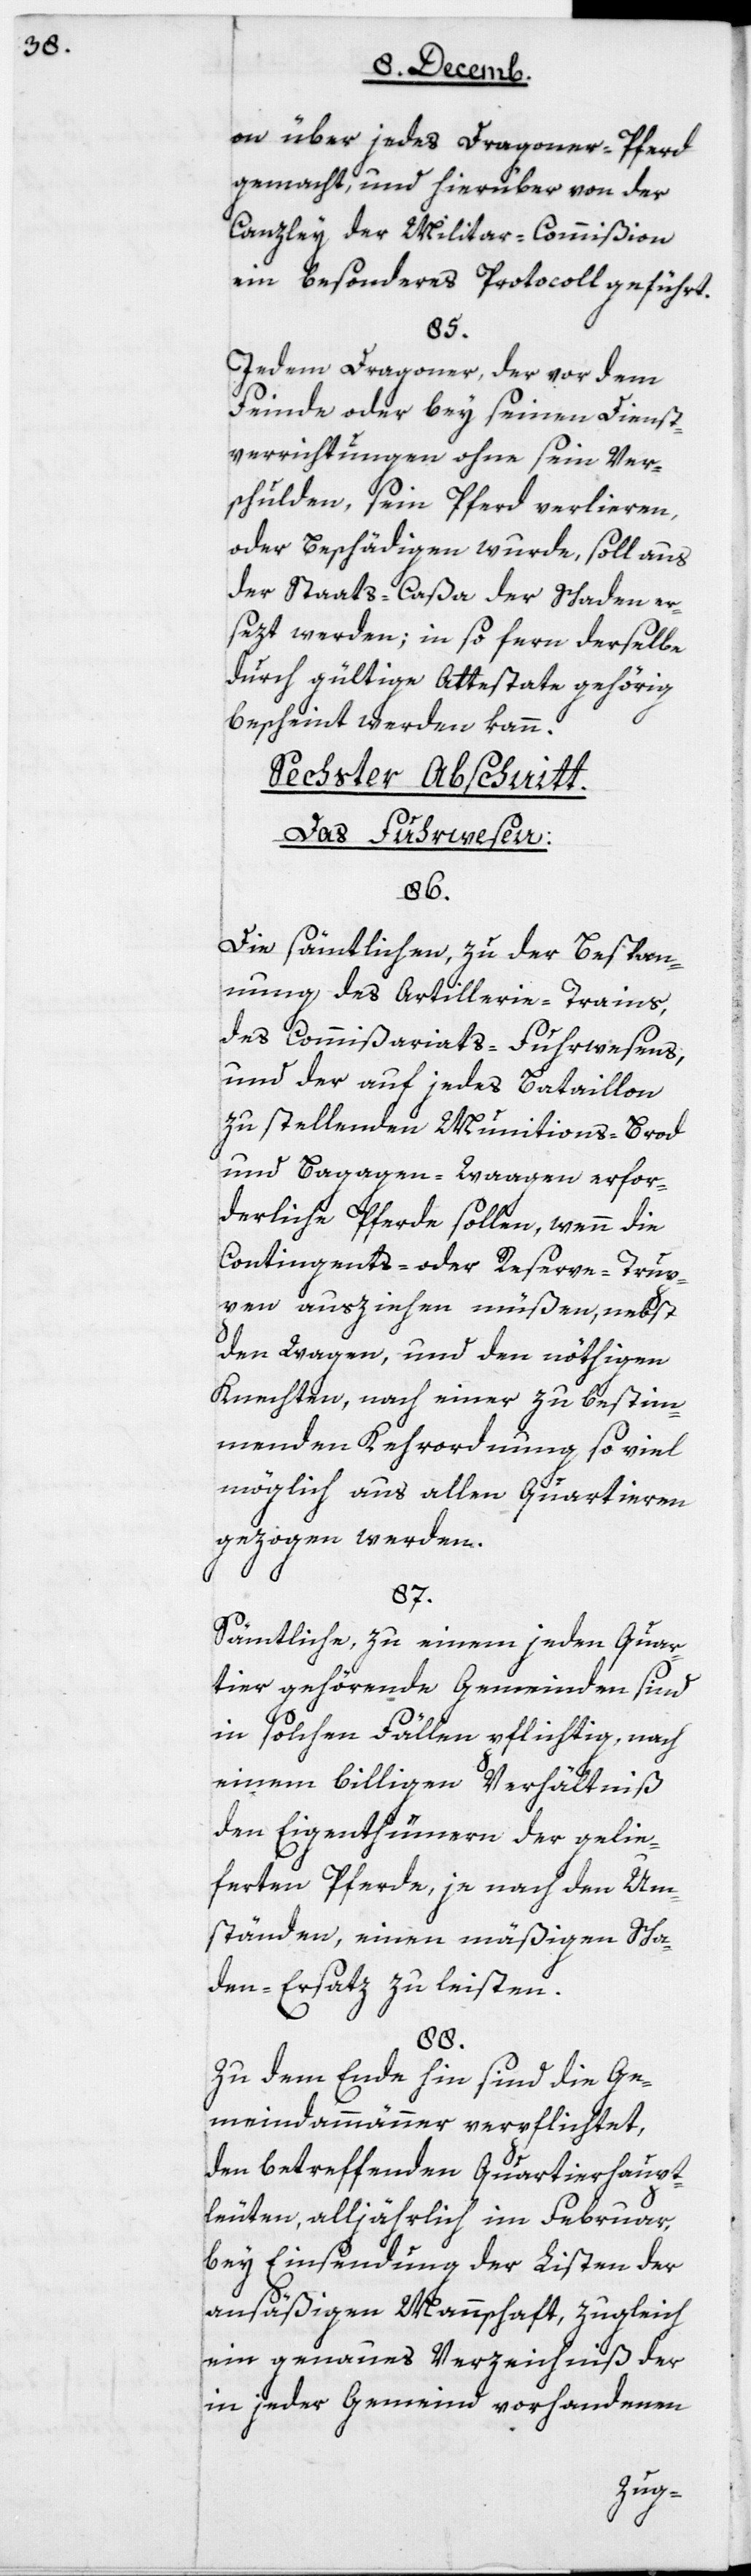
on über jedes Dragoner-Pferd
gemacht, und hierüber von der
Canzley der Militar-Commißion
ein besonderes Protocoll geführt.
85.
Jedem Dragoner, der vor dem
Feinde oder bey seinen Dienst¬
verrichtungen ohne sein Ver¬
schulden, sein Pferd verlieren
der Staats-Caßa der Schaden er¬
sezt werden; in so fern derselbe
durch gültige Attestate gehörig
bescheint werden kann.
Sechster Abschnitt:
Das Fuhrwesen.
86.
Die sämtlichen, zu der Bespan¬
nung des Artillerie-Trains,
des Commißariats-Fuhrwesens
und der auf jedes Bataillon
zu stellenden Munitions-, Brod-
und Bagagen-Waagen erfor¬
derliche Pferde sollen, wenn die
Contingents- oder Reserve-Trup¬
pen ausziehen müßen, nebst
den Wagen und den nöthigen
Knechten, nach einer zu bestim¬
menden Kehrordnung so viel
möglich aus allen Quartieren
gezogen werden.
87.
Sämtliche, zu einem jeden Quar¬
tier gehörende Gemeinden sind
in solchen Fällen pflichtig, nach
einem billigen Verhältnis
den Eigenthümern der gelie¬
ferten Pferde, je nach den Um¬
ständen, einen mäßigen Scha¬
den-Ersatz zu leisten.
88.
Zu dem Ende hin sind die Ge¬
meindammänner verpflichtet,
den betreffenden Quartierhaupt¬
leuten, alljährlich im Februar,
bey Einsendung der Listen der
ansäßigen Mannschaft, zugleich
ein genaues Verzeichnis der
in jeder Gemeind vorhandenen